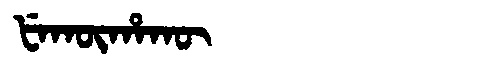
Manchu: ᡶᡝᡴᡡᡥᠠᡴᡡ
Romanization: FEKŪHAKŪ